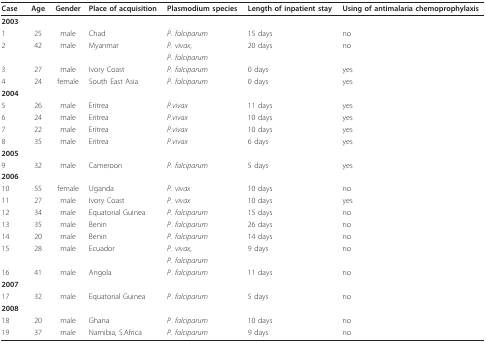
<table><thead><tr><td><b>Case</b></td><td><b>Age</b></td><td><b>Gender</b></td><td><b>Place of acquisition</b></td><td><b>Plasmodium species</b></td><td><b>Length of inpatient stay</b></td><td><b>Using of antimalaria chemoprophylaxis</b></td></tr></thead><tbody><tr><td><b>2003</b></td><td></td><td></td><td></td><td></td><td></td><td></td></tr><tr><td>1</td><td>25</td><td>male</td><td>Chad</td><td><i>P. falciparum</i></td><td>15 days</td><td>no</td></tr><tr><td>2</td><td>42</td><td>male</td><td>Myanmar</td><td><i>P. vivax</i>,</td><td>20 days</td><td>no</td></tr><tr><td></td><td></td><td></td><td></td><td><i>P. falciparum</i></td><td></td><td></td></tr><tr><td>3</td><td>27</td><td>male</td><td>Ivory Coast</td><td><i>P. falciparum</i></td><td>0 days</td><td>yes</td></tr><tr><td>4</td><td>24</td><td>female</td><td>South East Asia</td><td><i>P. falciparum</i></td><td>0 days</td><td>yes</td></tr><tr><td><b>2004</b></td><td></td><td></td><td></td><td></td><td></td><td></td></tr><tr><td>5</td><td>26</td><td>male</td><td>Eritrea</td><td><i>P.vivax</i></td><td>11 days</td><td>yes</td></tr><tr><td>6</td><td>24</td><td>male</td><td>Eritrea</td><td><i>P.vivax</i></td><td>10 days</td><td>yes</td></tr><tr><td>7</td><td>22</td><td>male</td><td>Eritrea</td><td><i>P.vivax</i></td><td>10 days</td><td>yes</td></tr><tr><td>8</td><td>35</td><td>male</td><td>Eritrea</td><td><i>P.vivax</i></td><td>6 days</td><td>yes</td></tr><tr><td><b>2005</b></td><td></td><td></td><td></td><td></td><td></td><td></td></tr><tr><td>9</td><td>32</td><td>male</td><td>Cameroon</td><td><i>P. falciparum</i></td><td>5 days</td><td>yes</td></tr><tr><td><b>2006</b></td><td></td><td></td><td></td><td></td><td></td><td></td></tr><tr><td>10</td><td>55</td><td>female</td><td>Uganda</td><td><i>P. vivax</i></td><td>10 days</td><td>no</td></tr><tr><td>11</td><td>27</td><td>male</td><td>Ivory Coast</td><td><i>P. vivax</i></td><td>10 days</td><td>yes</td></tr><tr><td>12</td><td>34</td><td>male</td><td>Equatorial Guinea</td><td><i>P. falciparum</i></td><td>15 days</td><td>no</td></tr><tr><td>13</td><td>35</td><td>male</td><td>Benin</td><td><i>P. falciparum</i></td><td>26 days</td><td>no</td></tr><tr><td>14</td><td>20</td><td>male</td><td>Benin</td><td><i>P. falciparum</i></td><td>14 days</td><td>no</td></tr><tr><td>15</td><td>28</td><td>male</td><td>Ecuador</td><td><i>P. vivax</i>,</td><td>9 days</td><td>no</td></tr><tr><td></td><td></td><td></td><td></td><td><i>P. falciparum</i></td><td></td><td></td></tr><tr><td>16</td><td>41</td><td>male</td><td>Angola</td><td><i>P. falciparum</i></td><td>11 days</td><td>no</td></tr><tr><td><b>2007</b></td><td></td><td></td><td></td><td></td><td></td><td></td></tr><tr><td>17</td><td>32</td><td>male</td><td>Equatorial Guinea</td><td><i>P. falciparum</i></td><td>5 days</td><td>no</td></tr><tr><td><b>2008</b></td><td></td><td></td><td></td><td></td><td></td><td></td></tr><tr><td>18</td><td>20</td><td>male</td><td>Ghana</td><td><i>P. falciparum</i></td><td>10 days</td><td>no</td></tr><tr><td>19</td><td>37</td><td>male</td><td>Namibia, S.Africa</td><td><i>P. falciparum</i></td><td>9 days</td><td>no</td></tr></tbody></table>